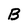
Character: B